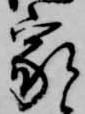
家